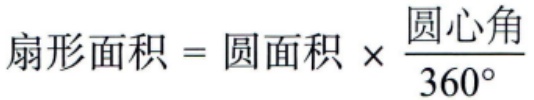
扇形面积 = 圆面积 \(\times \frac{圆心角}{360^{\circ}}\)